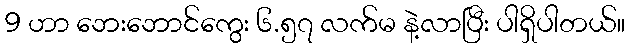
9 ဟာ ဘေးဘောင်ကွေး ၆.၅၇ လက်မ နဲ့လာပြီး ပါရှိပါတယ်။